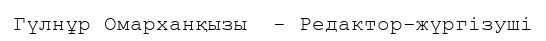
Гүлнұр Омарханқызы  - Редактор-жүргізуші